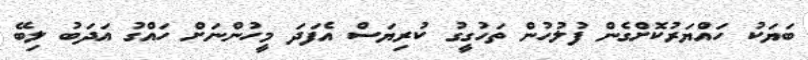
ބަޔަކު ހައްޔަރުކޮށްގެން ފުލުހުން ތަހުގީގު ކުރިޔަސް އެފަދަ މީހުންނަށް ހައްގު އަދަބު ލިބޭ